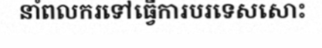
នាំពលករទៅធ្វើការបរទេសសោះ